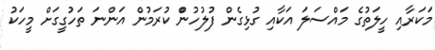
މަކަރާއި ހީލަތުގެ މައްސަލަ އަކާއި ގުޅިގެން ފުލުހުންް ކުރަމުން އަންނަ ތަހުގީގަށް މީހަކު